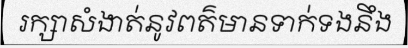
រក្សាសំងាត់នូវពត៌មានទាក់ទងនឹង